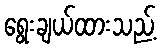
ရွေးချယ်ထားသည့်